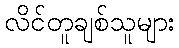
လိင်တူချစ်သူများ